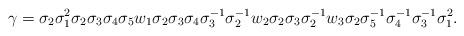
LaTeX: \begin{align*}\gamma = \sigma_2 \sigma_1^2 \sigma_2 \sigma_3 \sigma_4 \sigma_5 w_1 \sigma_2 \sigma_3 \sigma_4 \sigma_3^{-1} \sigma_2^{-1} w_2 \sigma_2 \sigma_3 \sigma_2^{-1} w_3 \sigma_2 \sigma_5^{-1} \sigma_4^{-1} \sigma_3^{-1} \sigma_1^2. \end{align*}